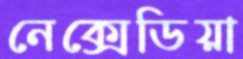
নেক্সেডিয়া